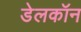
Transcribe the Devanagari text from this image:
डेलकॉन